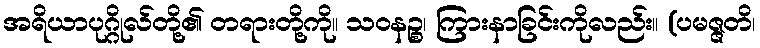
အရိယာပုဂ္ဂိုလ်တို့၏ တရားတို့ကို။ သဝနဉ္စ၊ ကြားနာခြင်းကိုလည်း။ (ပမဇ္ဇတိ၊